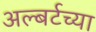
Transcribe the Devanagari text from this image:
अल्बर्टच्या